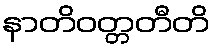
နာတိဝတ္တတီတိ